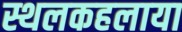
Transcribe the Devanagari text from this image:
स्थलकहलाया